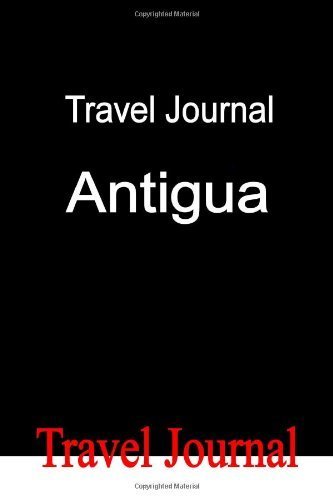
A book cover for Travel Journal Antigua by Locken, E (2009) Paperback; E Locken; Travel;